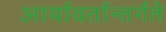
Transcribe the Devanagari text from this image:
आर्यावर्तान्तर्गते